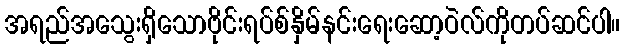
အရည်အသွေးရှိသောဗိုင်းရပ်စ်နှိမ်နင်းရေးဆော့ဝဲလ်ကိုတပ်ဆင်ပါ။